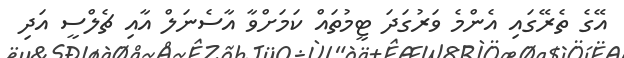
އޭގެ ތެރޭގައި އެންމެ ވަރުގަދަ ޓީމުތައް ކަމަށްވާ އާސެނަލް އާއި ޗެލްސީ އަދި